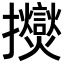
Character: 𫾠